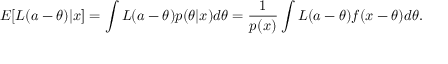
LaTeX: E [ L ( a - \theta ) | x ] = \int { L ( a - \theta ) p ( \theta | x ) d \theta } = { \frac { 1 } { p ( x ) } } \int L ( a - \theta ) f ( x - \theta ) d \theta .